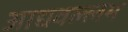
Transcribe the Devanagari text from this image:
आद्यवल्लभ